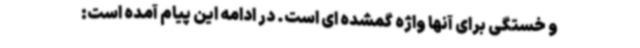
و خستگی برای آنها واژه گمشده ای است. در ادامه این پیام آمده است: